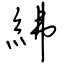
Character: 紼